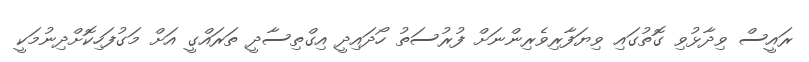
ރައީސް ވިދާޅުވި ގޮތުގައި ވިޔަފާރިވެރިންނަށް ފުރުސަތު ހޯދައިދީ އިގްތިސާދީ ތަރައްގީ އަށް މަގުފަހިކޮށްދިނުމަކީ